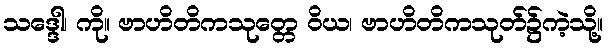
သဒ္ဒေါ၊ ကို။ ဗာဟိတိကသုတ္တေ ဝိယ၊ ဗာဟိတိကသုတ်၌ကဲ့သို့။